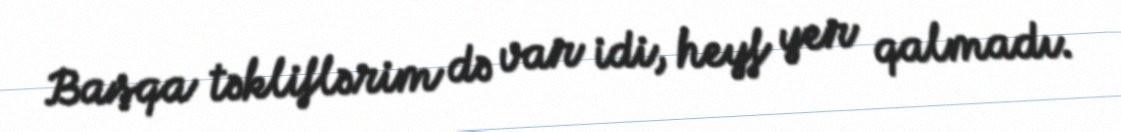
Başqa təkliflərim də var idi, heyf yer qalmadı.